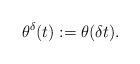
LaTeX: \begin{align*} \theta^{\delta}(t) := \theta({\delta} t) .\end{align*}